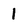
Character: 1